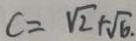
c = \sqrt { 2 } + \sqrt { 6 } .